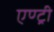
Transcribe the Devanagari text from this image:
एण्ट्री